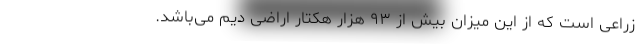
زراعی است که از این میزان بیش از ۹۳ هزار هکتار اراضی دیم می‌باشد.